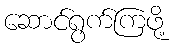
ဆောင်ရွက်ကြဖို့